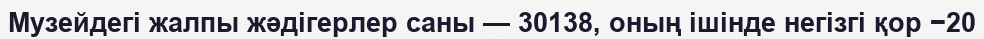
Музейдегі жалпы жәдігерлер саны — 30138, оның ішінде негізгі қор −20